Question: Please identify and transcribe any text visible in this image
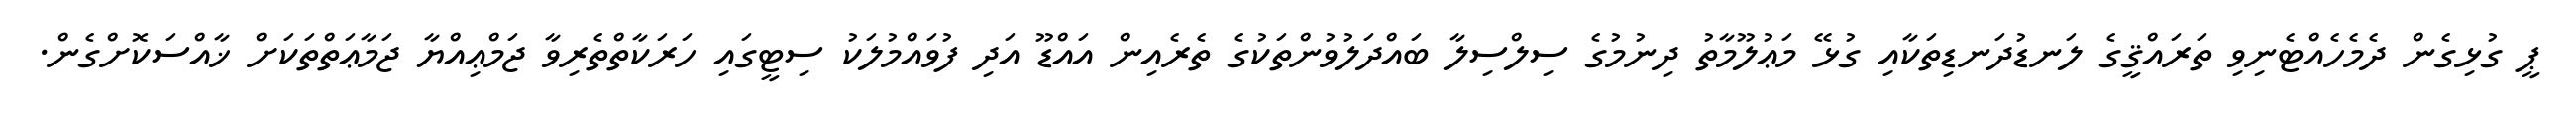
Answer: ޕީ ގުޅިގެން ދެމެހެއްޓެނިވި ތަރައްޤީގެ ލަނޑުދަނޑިތަކާއި ގުޅޭ މަޢުލޫމާތު ދިނުމުގެ ސިލްސިލާ ބައްދަލުވުންތަކުގެ ތެރެއިން އައްޑޫ އަދި ފުވައްމުލަކު ސިޓީގައި ހަރަކާތްތެރިވާ ޖަމްޢިއްޔާ ޖަމާޢަތްތަކަށް ޚާއްސަކޮށްގެން.